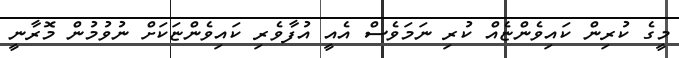
މީގެ ކުރިން ކައިވެންޏެއް ކުރި ނަމަވެސް އެއީ އުފާވެރި ކައިވެންޏަކަށް ނުވުމުން މޮރާނީ